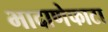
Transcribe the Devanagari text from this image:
भादाणेफाटा